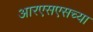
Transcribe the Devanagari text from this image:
आरएसएसच्या